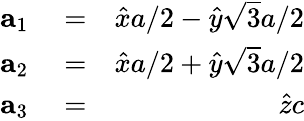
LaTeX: \begin{array}{rlr}{{\mathbf a}_{1}}&{{}=}&{\hat{x}a/2-\hat{y}\sqrt{3}a/2}\\ {{\mathbf a}_{2}}&{{}=}&{\hat{x}a/2+\hat{y}\sqrt{3}a/2}\\ {{\mathbf a}_{3}}&{{}=}&{\hat{z}c}\end{array}